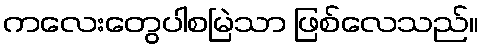
ကလေးတွေပါစမြဲသာ ဖြစ်လေသည်။